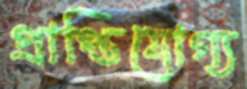
প্রাপ্তিযোগ্য